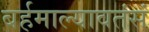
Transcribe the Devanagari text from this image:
बर्हमाल्यावतंसं